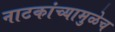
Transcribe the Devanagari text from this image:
नाटकांच्यामुळेच